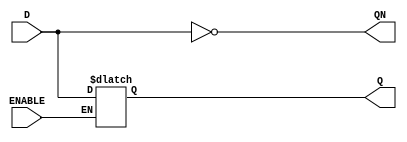
// This program was cloned from: https://github.com/RonnyA/nd-120
// License: MIT License

/******************************************************************************
 **                                                                          **
 ** Component : LATCH                                                        **
 **                                                                          **
 *****************************************************************************/

module LATCH(
      input wire D,
      input wire ENABLE,
      output reg Q,
      output reg QN );


  // Initialize Q and QN with opposite values
    initial begin
        Q = 1'b0;
        QN = 1'b1;
    end
 
   // LATCH
   always @* begin 
      if (ENABLE) begin
         Q = D; // When ENABLE is high, Q takes the value of the input
      end
      // When ENABLE is low, Q retains its value
      
      QN = ~Q; // Negate Q to get QN
   end

   

endmodule